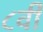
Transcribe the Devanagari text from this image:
८वीँ